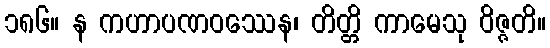
၁၈၆။ န ကဟာပဏဝဿေန၊ တိတ္တိ ကာမေသု ဝိဇ္ဇတိ။